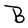
Character: B